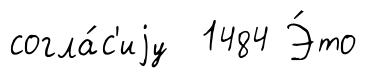
согла́с'иjу 1484 Э́то